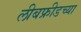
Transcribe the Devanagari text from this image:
लीबफ्रीडच्या